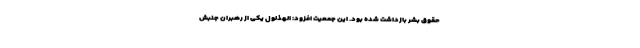
حقوق بشر بازداشت شده بود. این جمعیت افزود: الهذلول یکی از رهبران جنبش